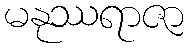
မနုဿရာဇာ